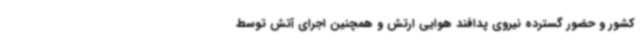
کشور و حضور گسترده نیروی پدافند هوایی ارتش و همچنین اجرای آتش توسط